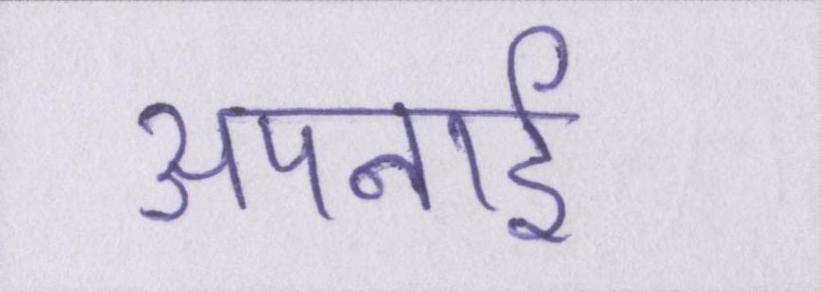
अपनाई